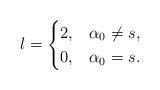
LaTeX: \begin{align*} l= \begin{cases} 2, & \alpha_0\neq s,\\ 0, & \alpha_0=s. \end{cases} \end{align*}